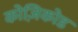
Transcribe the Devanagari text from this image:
कोज़िकोड